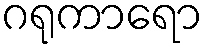
ဂရုကာရော